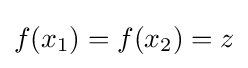
f(x_{1})=f(x_{2})=z